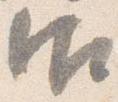
御